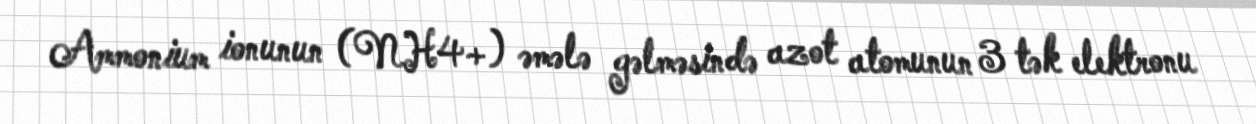
Ammonium ionunun (NH4+) əmələ gəlməsində azot atomunun 3 tək elektronu